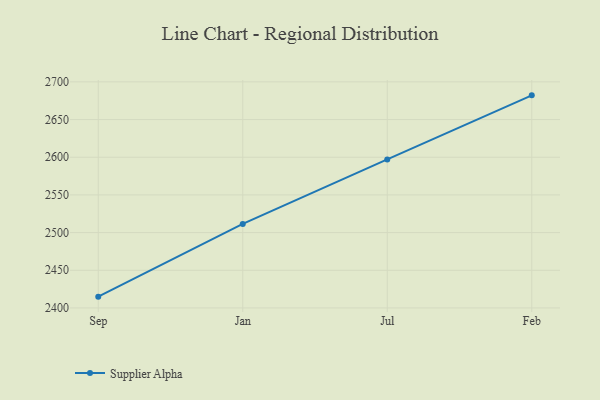
{"axis": {"x": "Month", "y": "Active Users"}, "legend": ["Supplier Alpha"], "data": [{"x": "Sep", "y": 2415.0, "type": "Supplier Alpha"}, {"x": "Jan", "y": 2511.5, "type": "Supplier Alpha"}, {"x": "Jul", "y": 2597.1, "type": "Supplier Alpha"}, {"x": "Feb", "y": 2682.1, "type": "Supplier Alpha"}]}